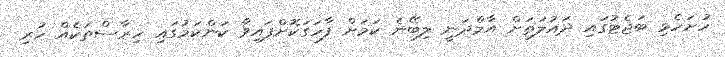
ހުށަހެޅި ބަޖެޓުގައި ދައުލަތަށް އާމްދަނީ ލިބޭނެ ކަމަށް ފާހަގަކޮށްފައިވާ ކަންކަމުގައި ހިރާސްތަކެއް ހުރި